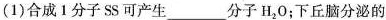
(1)合成1分子SS可产生____分子H_{2}O；下丘脑分泌的